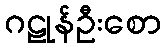
ဂဠုန်ဦးစော